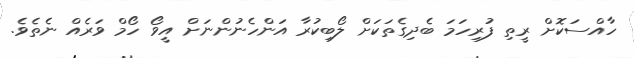
ހާއްސަކޮށް ރީތި ފުރިހަމަ ބެދިގެތަކަށް ލޯބިކުރާ އަންހެނުންނަށް އީވޯ ހޯމް ވަރެއް ނެތެވެ.